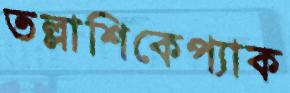
তল্লাশিকেপ্যাক